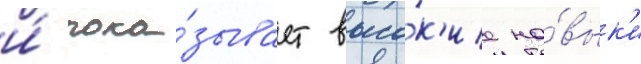
и́ пока́зывает высо́к'ие на́вык'и